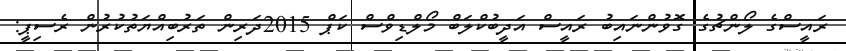
ރައީސްގެ ލޯންޗުގެ ގޮވުންނައިބު ރައީސް އަދީބުކްލަބް މޯލްޑިވްސް ކަޕް 2015ދަރިން ތަރުބިއްޔަތުކުރުން ރެސިޕީ: